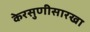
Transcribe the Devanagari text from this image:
केरसुणीसारखा